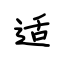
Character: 适